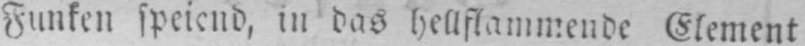
Funken speiend, in das hellflammende Element